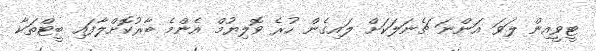
ޓީވީއިން ލަވަ އަންނަ ޗެނަލަކަށް ލައިގެން ހުރެ ވޮލިޔުމް އެންމެ ބާރުކޮށްލާފައި ބީޓްތަކާ